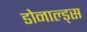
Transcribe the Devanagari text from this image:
डोनाल्ड्स